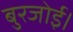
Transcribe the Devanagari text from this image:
बुरजोई।